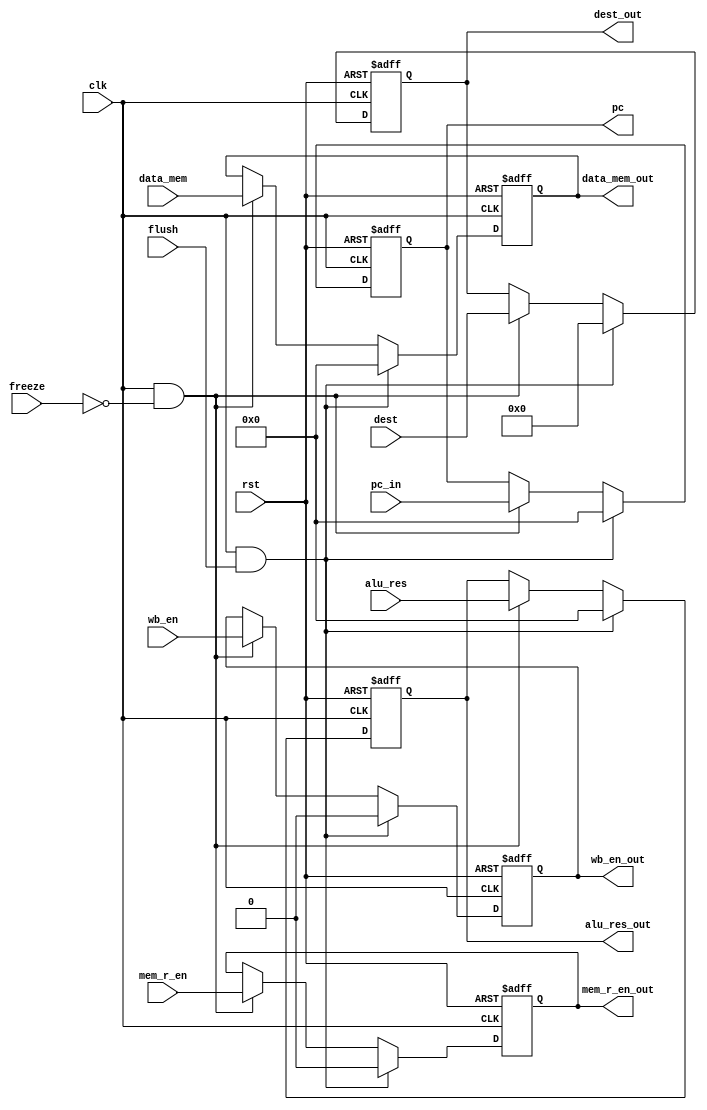
module MEM_Stage_Reg (
    input clk, rst, flush, freeze,
    input [31:0] pc_in, 
    input wb_en, mem_r_en, 
    input [31:0] alu_res,
    input [3:0] dest,
    input [31:0] data_mem,
    output reg [31:0] pc,
    output reg wb_en_out, mem_r_en_out, 
    output reg [31:0] alu_res_out,
    output reg [3:0] dest_out,
    output reg [31:0] data_mem_out
);
    always @(posedge clk, posedge rst) begin
        if (rst) 
        begin
            pc <= 32'b0;
            wb_en_out <= 1'b0;
            mem_r_en_out <= 1'b0;
            alu_res_out <= 32'b0;
            dest_out <= 4'b0;
            data_mem_out <= 32'b0;
        end
        else if (clk && flush)
        begin
            pc <= 32'b0;
            wb_en_out <= 1'b0;
            mem_r_en_out <= 1'b0;
            alu_res_out <= 32'b0;
            dest_out <= 4'b0;
            data_mem_out <= 32'b0;
        end
        else if (clk && ~freeze)
        begin
            pc <= pc_in;
            wb_en_out <= wb_en;
            mem_r_en_out <= mem_r_en;
            alu_res_out <= alu_res;
            dest_out <= dest;
            data_mem_out <= data_mem;
        end 
        else
        begin
            pc <= pc;
            wb_en_out <= wb_en_out;
            mem_r_en_out <= mem_r_en_out;
            alu_res_out <= alu_res_out;
            dest_out <= dest_out;
            data_mem_out <= data_mem_out;
        end
    end
endmodule